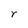
Character: r